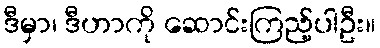
ဒီမှာ၊ ဒီဟာကို ဆောင်းကြည့်ပါဦး။